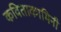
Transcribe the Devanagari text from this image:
कविताकामिनी